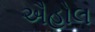
ઐહોલ